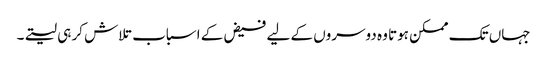
جہاں تک ممکن ہوتا وہ دوسروں کے لیے فیض کے اسباب تلاش کر ہی لیتے۔